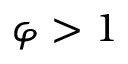
\varphi > 1